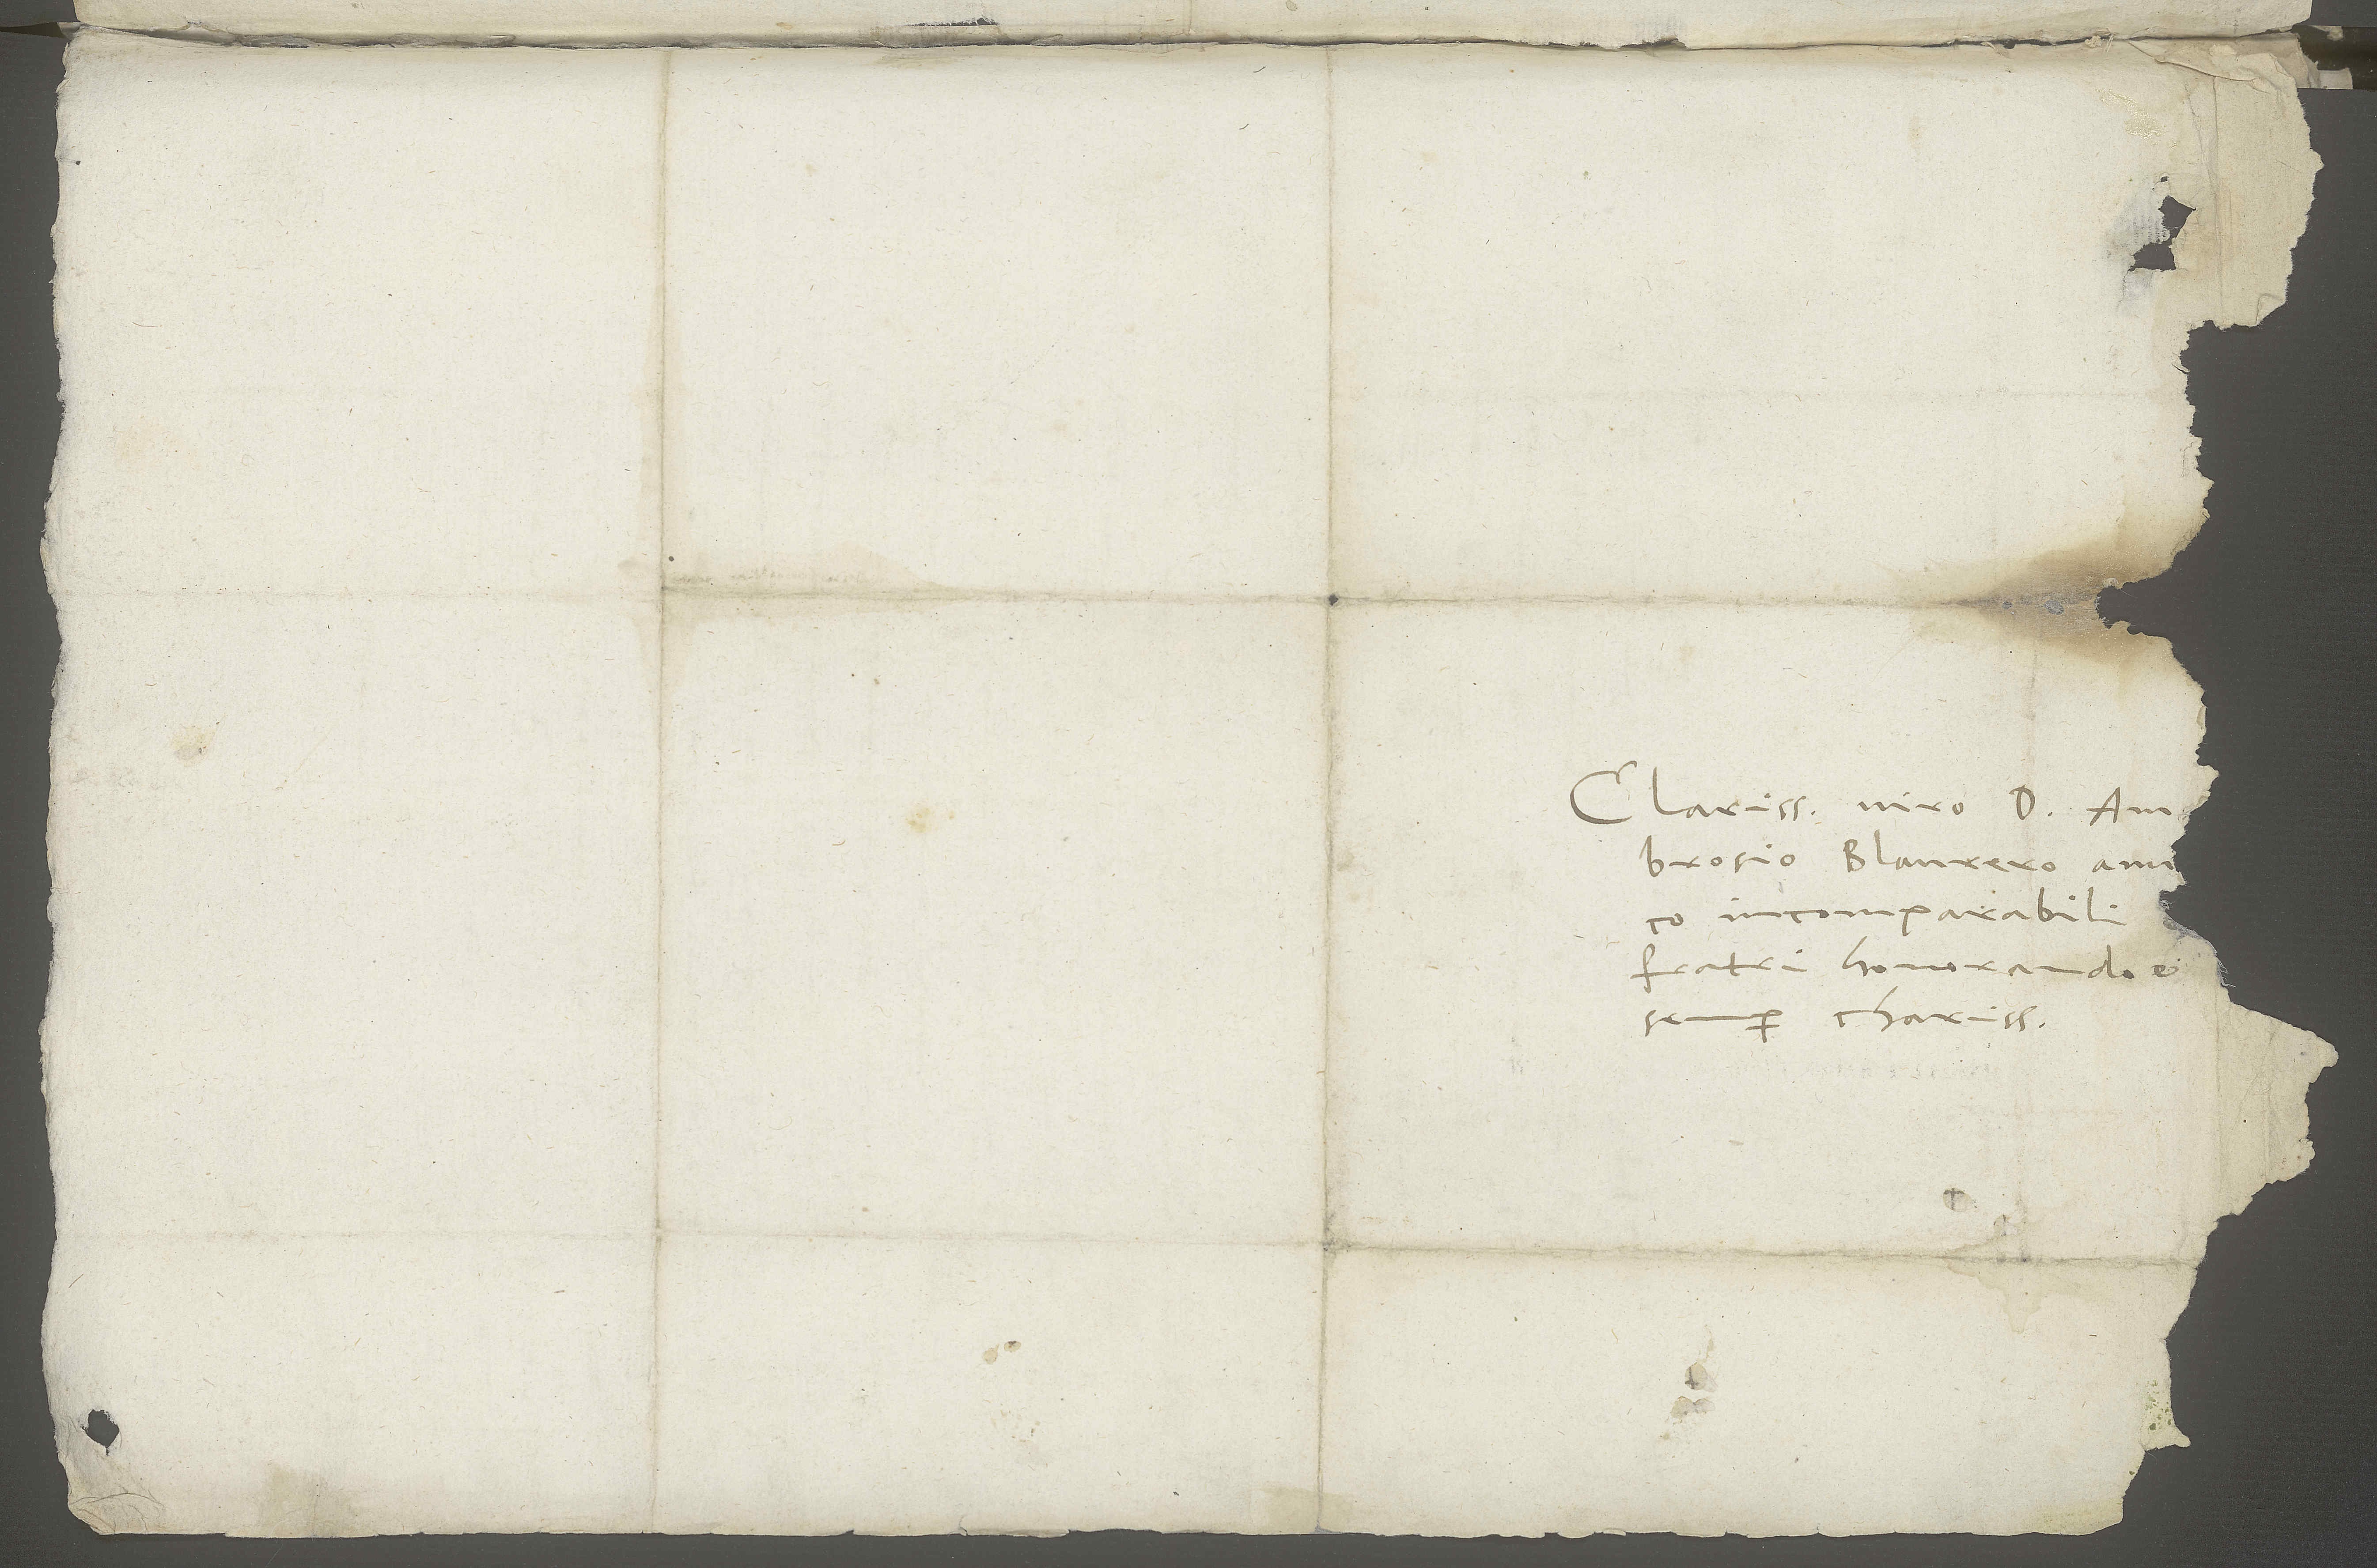
Clarissimo viro d. Ambrosio
Blaurero, amico
incomparabili,
fratri honorando et
semper charissimo.